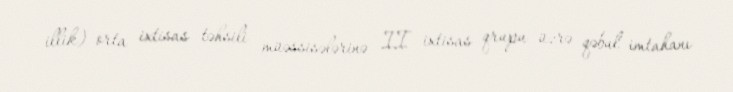
illik) orta ixtisas təhsili müəssisələrinə II ixtisas qrupu üzrə qəbul imtahanı